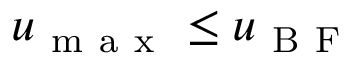
u _ { \mathrm { ~ m ~ a ~ x ~ } } \leq u _ { \mathrm { ~ B ~ F ~ } }